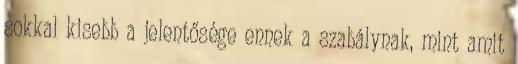
sokkal kisebb a jelentősége ennek a szabálynak, mint amit